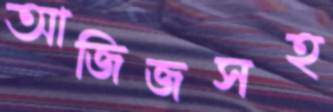
আজিজসহ